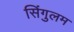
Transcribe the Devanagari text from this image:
सिंगुलम